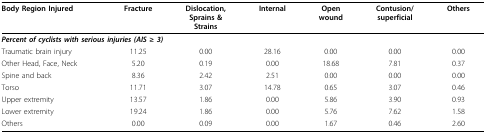
<table><thead><tr><td><b>Body Region Injured</b></td><td><b>Fracture</b></td><td><b>Dislocation,Sprains &amp;Strains</b></td><td><b>Internal</b></td><td><b>Openwound</b></td><td><b>Contusion/superficial</b></td><td><b>Others</b></td></tr></thead><tbody><tr><td colspan="7"><b><i>Percent of cyclists with serious injuries (AIS ≥ 3)</i></b></td></tr><tr><td>Traumatic brain injury</td><td>11.25</td><td>0.00</td><td>28.16</td><td>0.00</td><td>0.00</td><td>0.00</td></tr><tr><td>Other Head, Face, Neck</td><td>5.20</td><td>0.19</td><td>0.00</td><td>18.68</td><td>7.81</td><td>0.37</td></tr><tr><td>Spine and back</td><td>8.36</td><td>2.42</td><td>2.51</td><td>0.00</td><td>0.00</td><td>0.00</td></tr><tr><td>Torso</td><td>11.71</td><td>3.07</td><td>14.78</td><td>0.65</td><td>3.07</td><td>0.46</td></tr><tr><td>Upper extremity</td><td>13.57</td><td>1.86</td><td>0.00</td><td>5.86</td><td>3.90</td><td>0.93</td></tr><tr><td>Lower extremity</td><td>19.24</td><td>1.86</td><td>0.00</td><td>5.76</td><td>7.62</td><td>1.58</td></tr><tr><td>Others</td><td>0.00</td><td>0.09</td><td>0.00</td><td>1.67</td><td>0.46</td><td>2.60</td></tr></tbody></table>